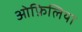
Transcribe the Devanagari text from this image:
ओफ़िलिया